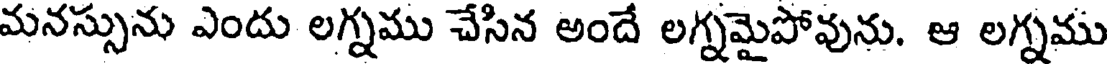
మనస్సును ఎందు లగ్నము చేసిన అందే లగ్నమైపోవును. ఆ లగ్నము